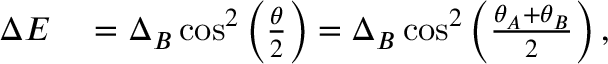
\begin{array} { r l } { \Delta E } & { { } = \Delta _ { B } \cos ^ { 2 } \left( \frac { \theta } { 2 } \right) = \Delta _ { B } \cos ^ { 2 } \left( \frac { \theta _ { A } + \theta _ { B } } { 2 } \right) , } \end{array}